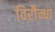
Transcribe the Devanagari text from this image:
विरौन्धा